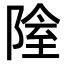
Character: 𨺴